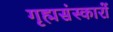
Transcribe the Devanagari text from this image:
गृह्मसंस्कारों